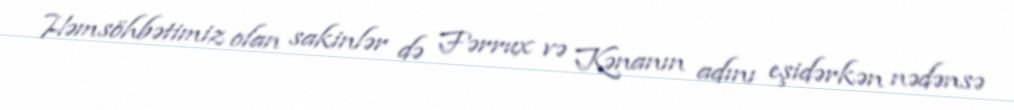
Həmsöhbətimiz olan sakinlər də Fərrux və Kənanın adını eşidərkən nədənsə